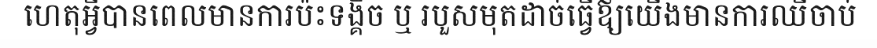
ហេតុអ្វីបានពេលមានការប៉ះទង្គិច ឬ របួសមុតដាច់ធ្វើឪ្យយើងមានការឈឺចាប់